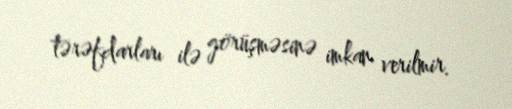
tərəfdarları ilə görüşməsinə imkan verilmir.